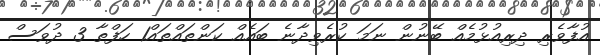
އުފާވެރި ދިރިއުޅުމެއް ބޭނުން ނަމަ ކުރެވިދާނެ ބައެއް ކަންތައްތައް1 ހަފްތާ 3 ދުވަސް